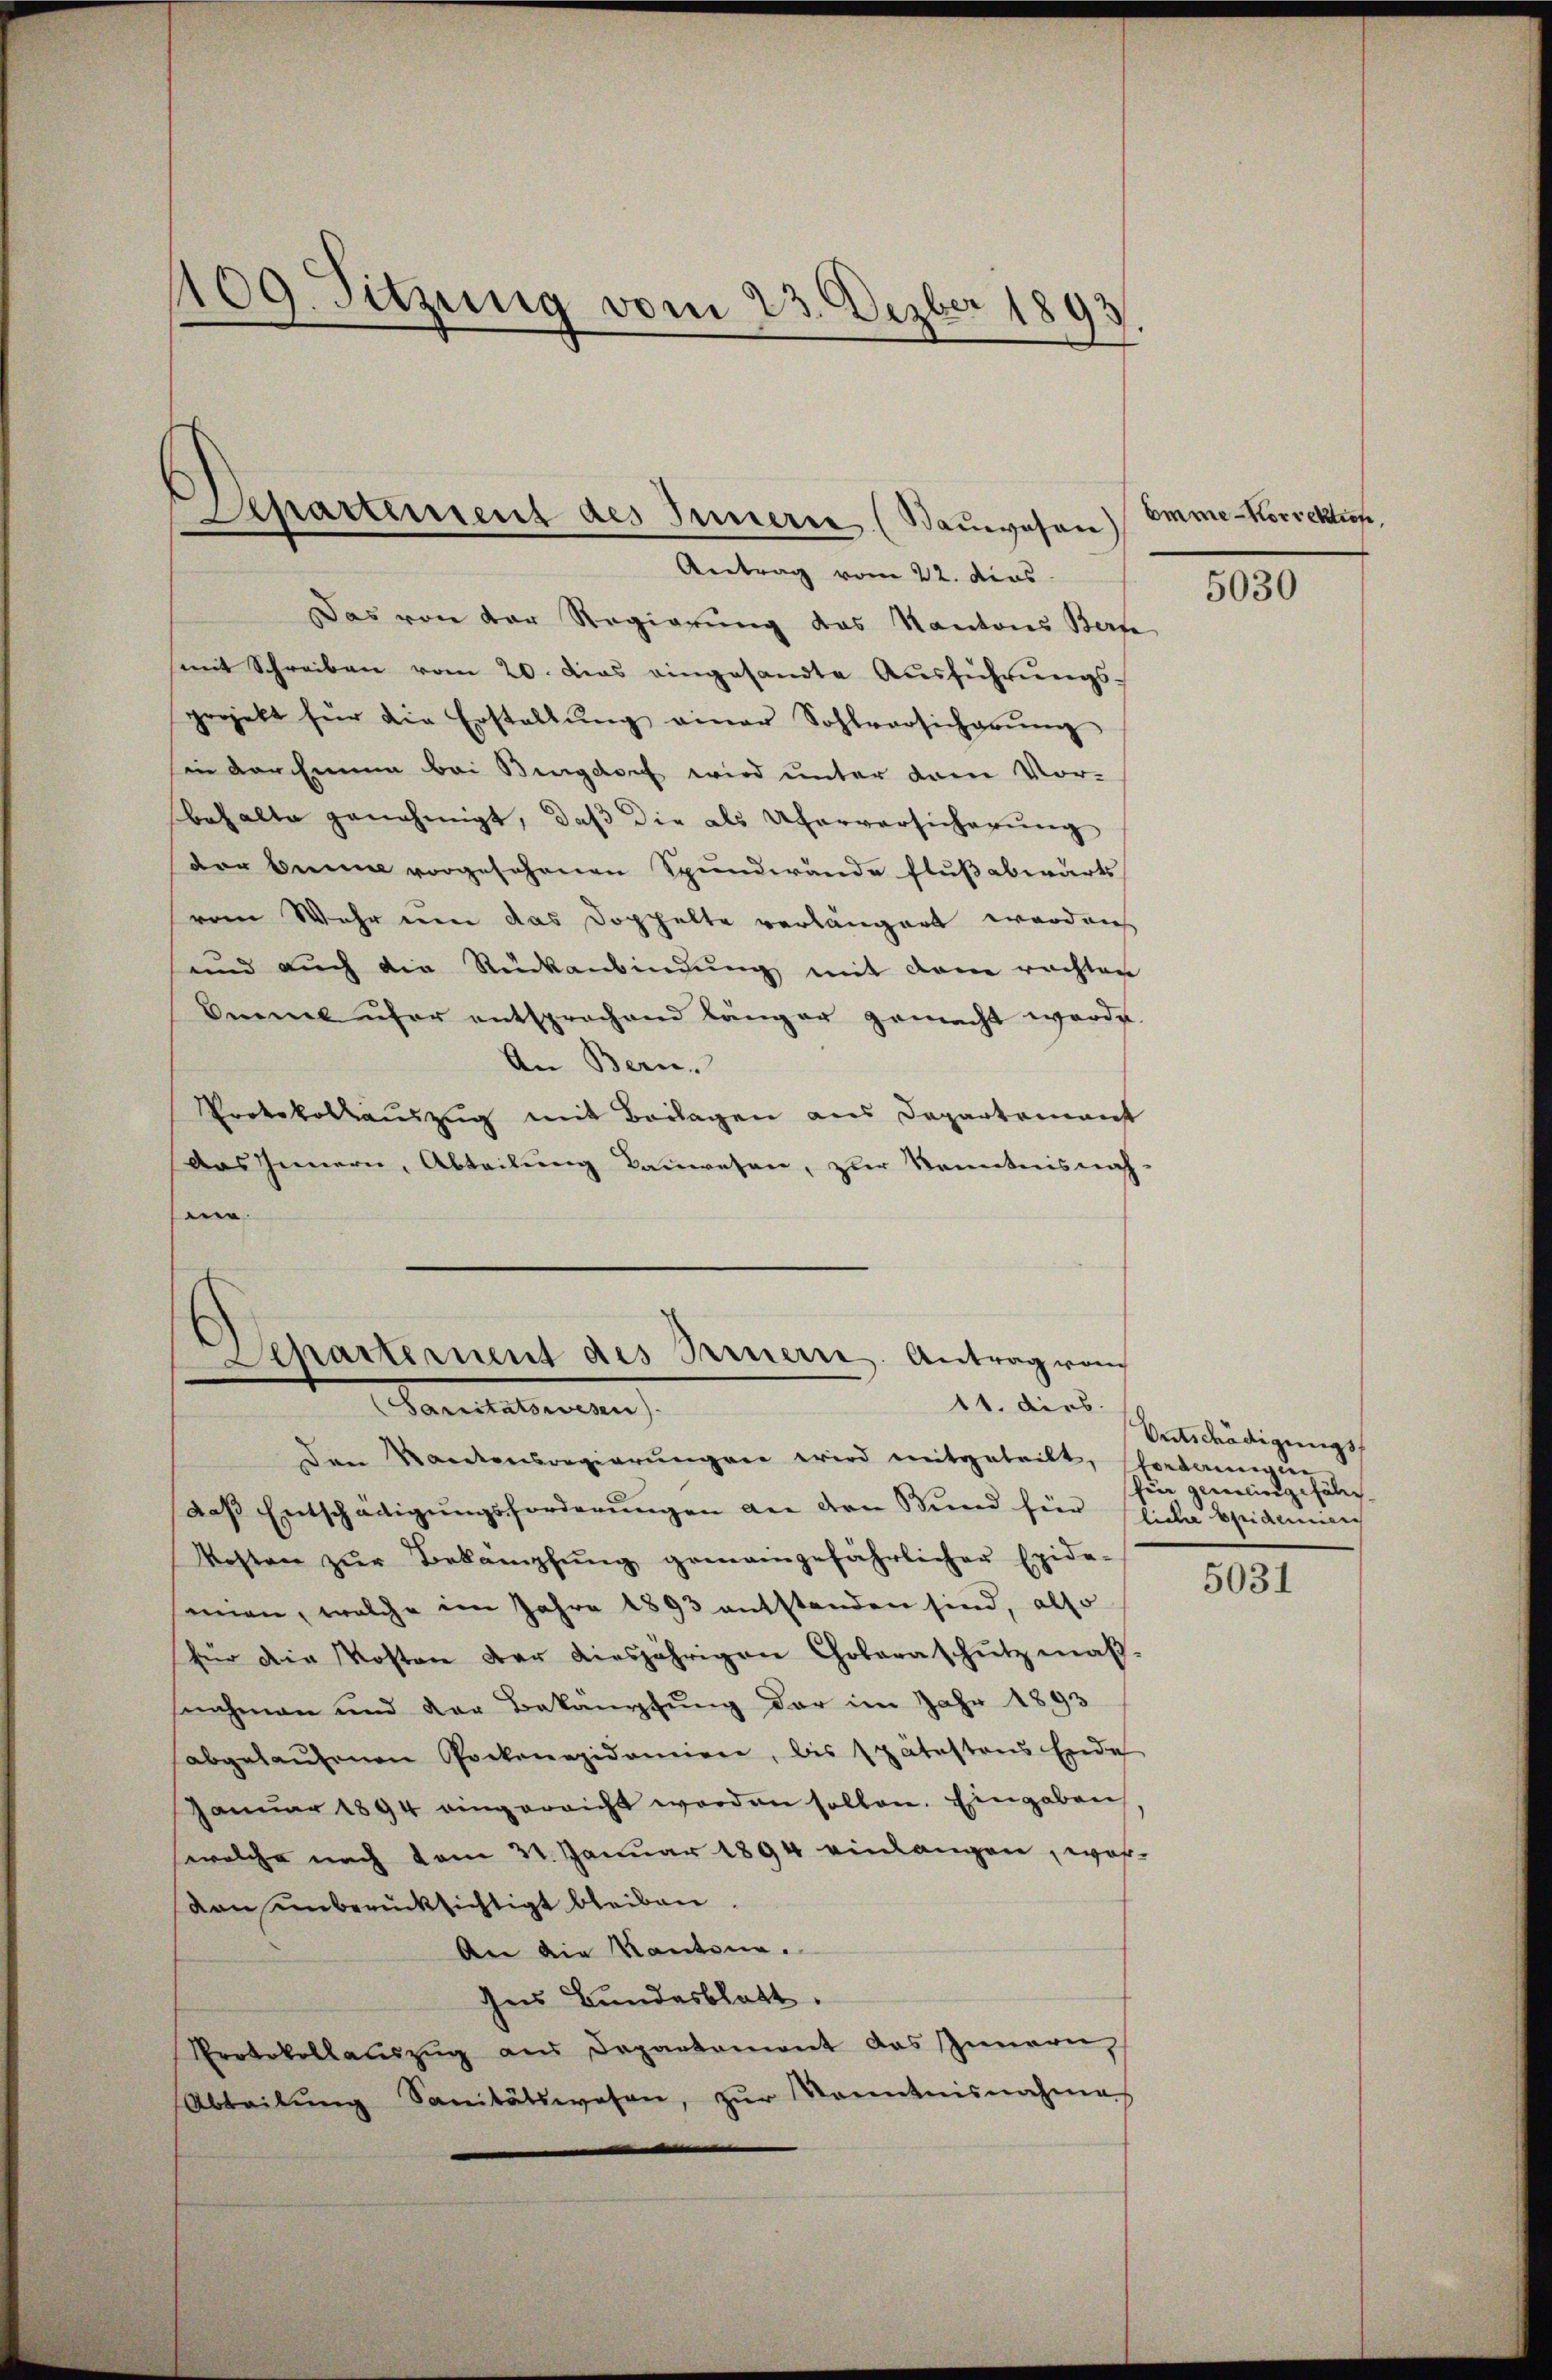
109. Sitzung vom 23. Dezber 189
.

Separtement des Innerer (Bauwesen
Antrag vom 22. dies

epartement des Feuerre. Antrag vom
11. dies
Sanitationen

Das von der Regierung das Kantons Bern-
mit Schreiben vom 20. Das eingesandte Aŭsführŭngs-
projekt für die Erstellŭng einer Sohlversicherŭng
in Forchein bei Bingdorf wird unter dem Vor-
behalte genehmigt, daß die als Uferversicherung
der beim vorgesehenen Spundwände Flußabwärts
vom Wehr um das Doppelte verlängert worden
und aŭch die Rückanbindŭng mit dem rachten
Omme über entsprochend länger gemacht werde.
An Bern.
Portokollauszug mit Beilagen aus Departement
Das Innern, Abteilung kauwesen, zur Kenntnisnah-
e

Emme-Korrektion,

den Sandensregierungen wird mitgeteilt, fordemeine
Das Entschädigŭngsforderŭngen an den Bund für Chica beramin
Kosten zŭr Bekämpfŭng gemeingefährlicher Epide-
senen, welche im Jahre 1893 entstanden sind, also
für die Kosten der diesjährigen Chobaraschutz maß-
snahmen und der Bekämpfung der im Jahr 1893
abgelaŭfenen Pockerapidemien, bis spätestens Ende
Janŭar 1894 eingereicht worden sollen. Eingaben
welche nach vom 31. Januar 1894 einlangen, wos
von unberücksichtigt bleiben.
An die Kantone.
Ins Bundesblatt.
Protokollaŭszŭg ans Departament das Innern,
Abteilŭng Sanitätswesen, zŭr Kenntnisnahme

5030

Entschädigungs
tin gemeingefähr¬

5031